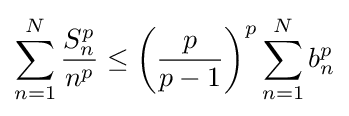
\sum _{n=1}^{N}{\frac {S_{n}^{p}}{n^{p}}}\leq \left({\frac {p}{p-1}}\right)^{p}\sum _{n=1}^{N}b_{n}^{p}